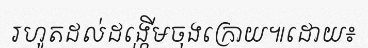
រហូតដល់ដង្ហើមចុងក្រោយ៕ដោយ៖